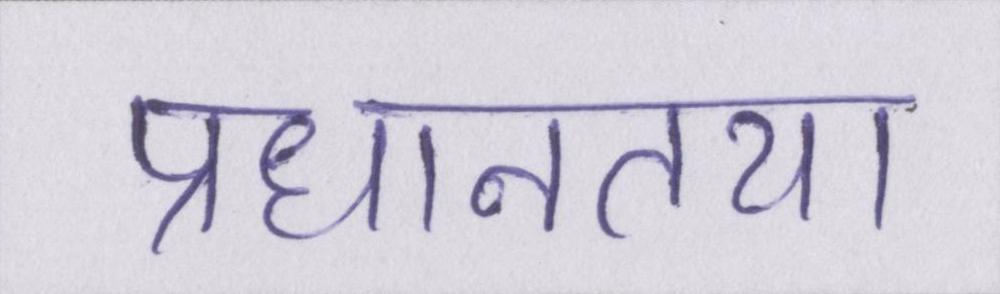
प्रधानतया